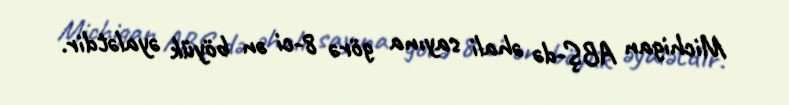
Michigan ABŞ-də əhali sayına görə 8-ci ən böyük əyalətdir.